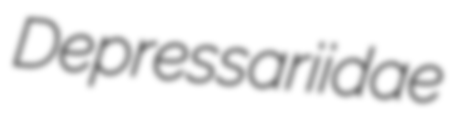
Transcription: Depressariidae